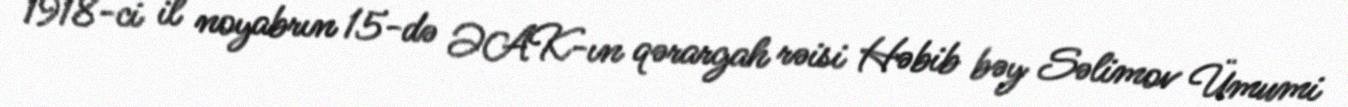
1918-ci il noyabrın 15-də ƏAK-ın qərargah rəisi Həbib bəy Səlimov Ümumi